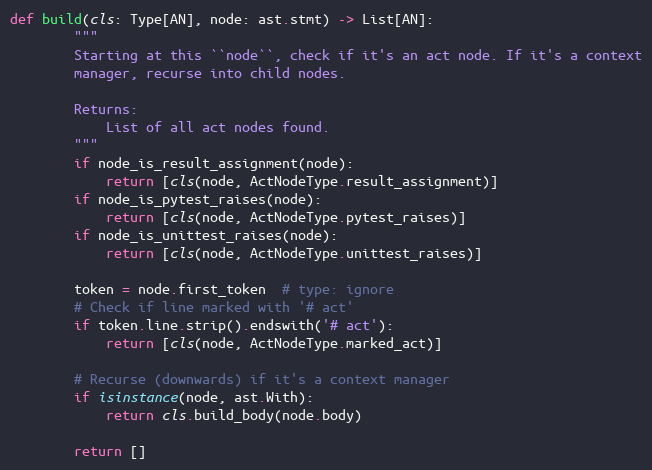
Language: Python
def build(cls: Type[AN], node: ast.stmt) -> List[AN]:
        """
        Starting at this ``node``, check if it's an act node. If it's a context
        manager, recurse into child nodes.

        Returns:
            List of all act nodes found.
        """
        if node_is_result_assignment(node):
            return [cls(node, ActNodeType.result_assignment)]
        if node_is_pytest_raises(node):
            return [cls(node, ActNodeType.pytest_raises)]
        if node_is_unittest_raises(node):
            return [cls(node, ActNodeType.unittest_raises)]

        token = node.first_token  # type: ignore
        # Check if line marked with '# act'
        if token.line.strip().endswith('# act'):
            return [cls(node, ActNodeType.marked_act)]

        # Recurse (downwards) if it's a context manager
        if isinstance(node, ast.With):
            return cls.build_body(node.body)

        return []